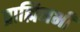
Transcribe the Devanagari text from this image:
ब्राह्मिनभी